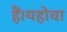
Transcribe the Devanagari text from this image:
हैं।यहोवा